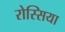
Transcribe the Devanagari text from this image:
रोस्सिया